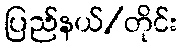
ပြည်နယ်/တိုင်း